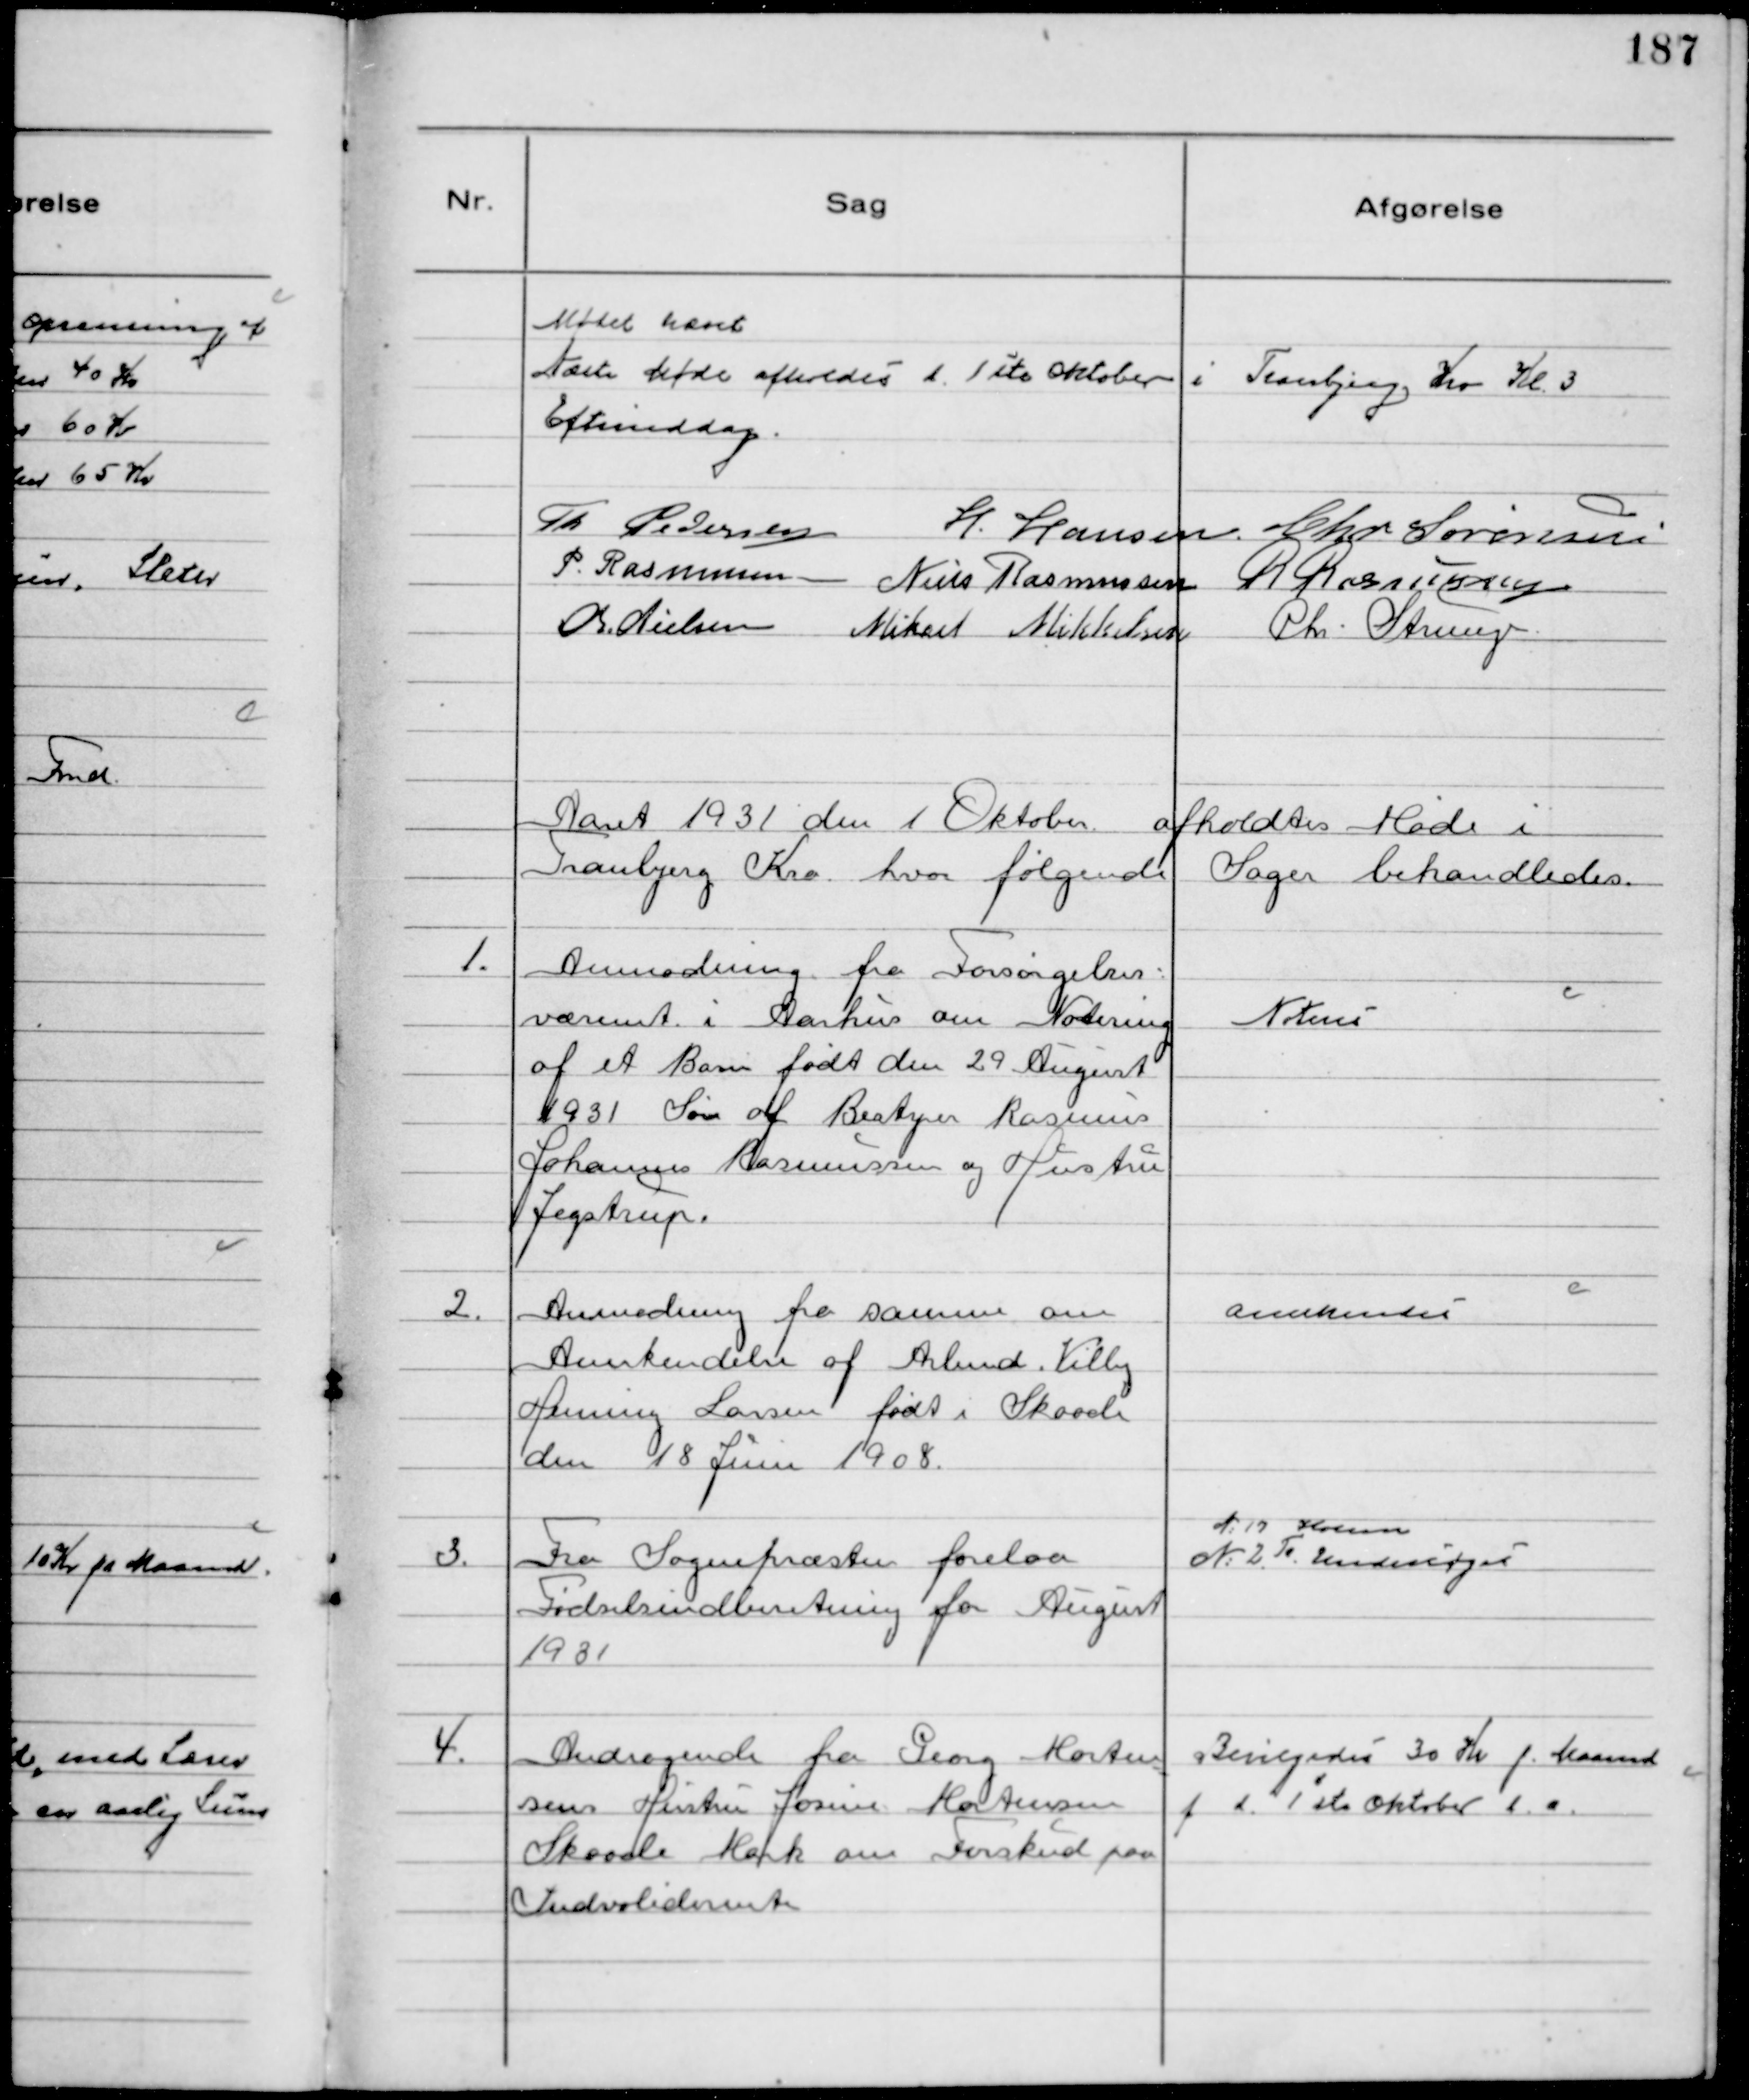
Transskription:
Mødet hævet
Næste Møde afholdes d. 1 ste Oktober i Tranbjerg Kro kl. 3
Eftemiddag.
Th Pedersen H. Hansen. Chr Sørensen
P. Rasmussen Niels Rasmussen R Rasmussen
Chr. Nielsen Mikael Mikkelsen Chr. Strunge.

Aaret 1931 den 1 Oktober afholdtes Møde i
Tranbjerg Kro hvor følgende Sager behandledes.

1.
Anmodning fra Forsørgelses-
væsenet i Aarhus om Notering
af et Barn født den 29 August
1931 Søn af Bestyrer Rasmus
Johannes Rasmussen og Hustru
Jegstrup.

Noteres

2.
Anmodning fra samme om
Anerkendelse af Arbmd. Villy
Henning Larsen født i Skaade
den 18 Juni 1908.

Anerkendes

3.
Fra Sognepræsten forelaa
Fødselsindberetning for August
1931

№17 Hvem
№2 To Undersøges

4.
Andragende fra Georg Morten
sens Hustru Josine Mortensen
Skaade Mark om Forskud paa
Indvaliderente

Bevilgedes 30 Kr f. Maaned
f d. 1 ste Oktober d.a.